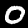
Digit: 0